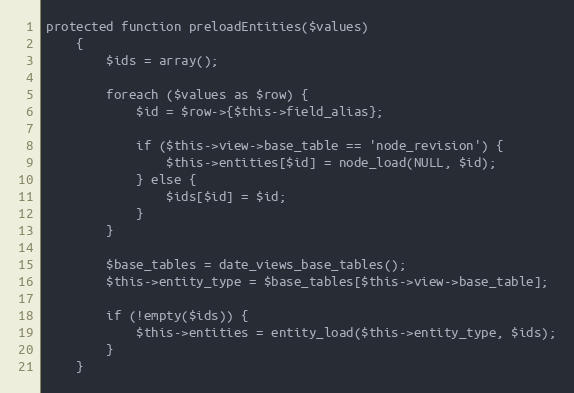
Language: PHP
protected function preloadEntities($values)
    {
        $ids = array();

        foreach ($values as $row) {
            $id = $row->{$this->field_alias};

            if ($this->view->base_table == 'node_revision') {
                $this->entities[$id] = node_load(NULL, $id);
            } else {
                $ids[$id] = $id;
            }
        }

        $base_tables = date_views_base_tables();
        $this->entity_type = $base_tables[$this->view->base_table];

        if (!empty($ids)) {
            $this->entities = entity_load($this->entity_type, $ids);
        }
    }